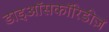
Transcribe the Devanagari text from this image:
डाइऑसकॉरिडीज़